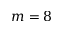
m = 8